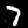
Digit: 7